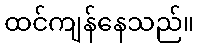
ထင်ကျန်နေသည်။